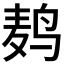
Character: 鿺